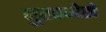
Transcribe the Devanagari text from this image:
बुखमेसे